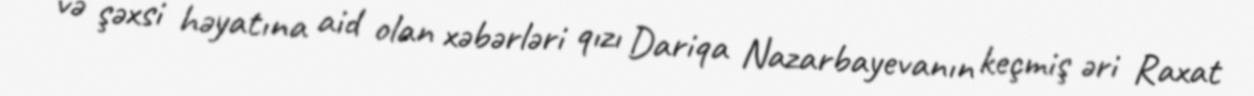
və şəxsi həyatına aid olan xəbərləri qızı Dariqa Nazarbayevanın keçmiş əri Raxat